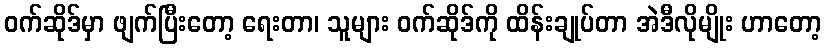
ဝက်ဆိုဒ်မှာ ဖျက်ပြီးတော့ ရေးတာ၊ သူများ ဝက်ဆိုဒ်ကို ထိန်းချုပ်တာ အဲဒီလိုမျိုး ဟာတော့